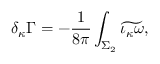
\delta _ { \kappa } \Gamma = - { \frac { 1 } { 8 \pi } } \int _ { \Sigma _ { 2 } } \widetilde { \iota _ { \kappa } \omega } ,